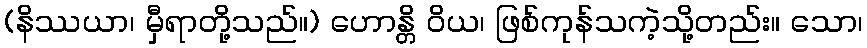
(နိဿယာ၊ မှီရာတို့သည်။) ဟောန္တိ ဝိယ၊ ဖြစ်ကုန်သကဲ့သို့တည်း။ သော၊